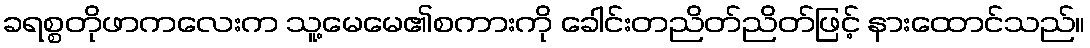
ခရစ္စတိုဖာကလေးက သူ့မေမေ၏စကားကို ခေါင်းတညိတ်ညိတ်ဖြင့် နားထောင်သည်။